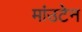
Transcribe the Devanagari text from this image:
मांउटेन